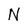
Character: N